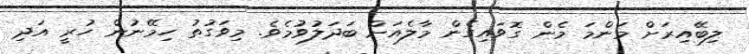
ލިބޭއިރަށް މަންމަ މެން ގޮވައިގެން މާލެއަށް ބަދަލުވުމެވެ. މިވަގުތު ހިމޭނުން ހުރީ އަދި